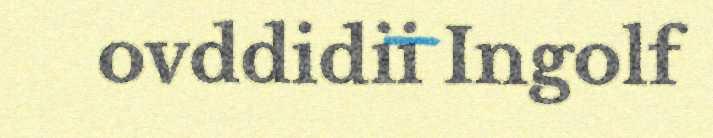
ovddidii Ingolf